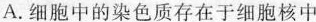
A.细胞中的染色质存在于细胞核中